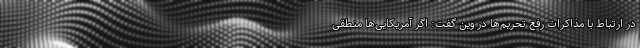
در ارتباط با مذاکرات رفع تحریم‌ها در وین گفت: اگر آمریکایی‌ها منطقی